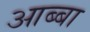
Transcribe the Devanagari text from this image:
आब्बा